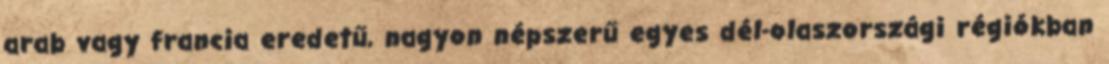
arab vagy francia eredetű, nagyon népszerű egyes dél-olaszországi régiókban